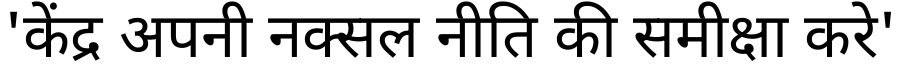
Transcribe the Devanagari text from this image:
'केंद्र अपनी नक्सल नीति की समीक्षा करे'